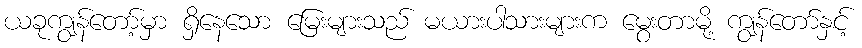
ယခုကျွန်တော့်မှာ ရှိနေသော မြေးများသည် မယားပါသားများက မွေးတာမို့ ကျွန်တော်နှင့်